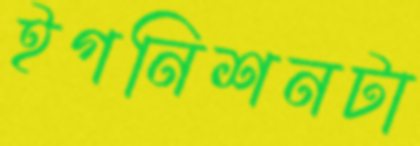
ইগনিশনটা